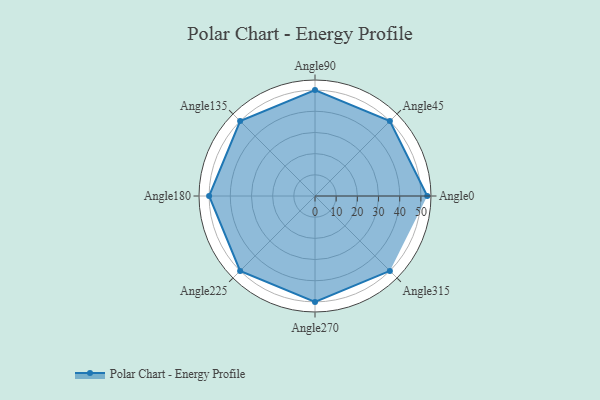
{"axis": {"x": "Angle", "y": "Radius"}, "legend": [""], "data": [{"x": "Angle0", "y": 53.0, "type": ""}, {"x": "Angle45", "y": 50, "type": ""}, {"x": "Angle90", "y": 50, "type": ""}, {"x": "Angle135", "y": 50, "type": ""}, {"x": "Angle180", "y": 50, "type": ""}, {"x": "Angle225", "y": 50, "type": ""}, {"x": "Angle270", "y": 50, "type": ""}, {"x": "Angle315", "y": 50, "type": ""}]}